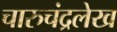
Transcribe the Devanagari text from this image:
चारुचंद्रलेख